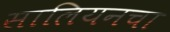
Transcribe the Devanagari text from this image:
सालियनचा